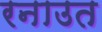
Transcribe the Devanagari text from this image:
रनाउत